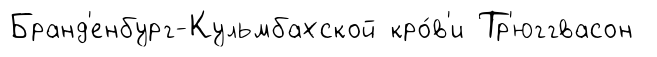
Бранд'енбург-Кульмбахской кро́в'и Тр'юггвасон